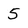
Character: 5